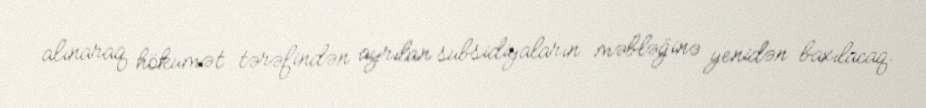
alınaraq hökumət tərəfindən ayrılan subsidiyaların məbləğinə yenidən baxılacaq.